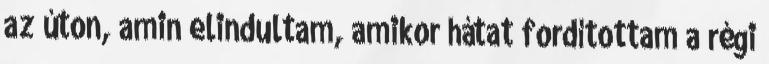
az úton, amin elindultam, amikor hátat fordítottam a régi